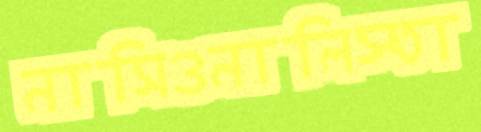
নাসিওনালিস্তা